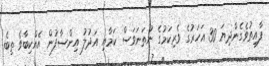
ފާއިތުވެގެންދިޔަ 30 އަހަރުގެ ވެރިކަމުގެ ނުތަނަވަސް ކަމާއި އަދުލު އިންސާފުން އެއްކިބާވެ ތިބެ